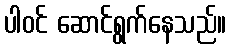
ပါဝင် ဆောင်ရွက်နေသည်။